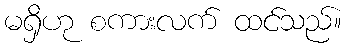
မရှိဟု စကားလက် ထင်သည်။